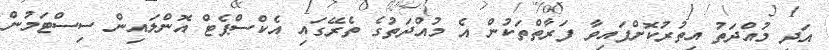
އަދި މުއްދަތު އިތުރުކޮށްފައިވާ ފަރާތްތަކުން އެ މުއްދަތުގެ ތެރޭގައި އެކްސްޕެޓް އޮންލައިން ސިސްޓަމުން